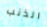
الذنب